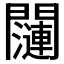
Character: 𬮖